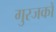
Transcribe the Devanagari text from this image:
गुरजकों